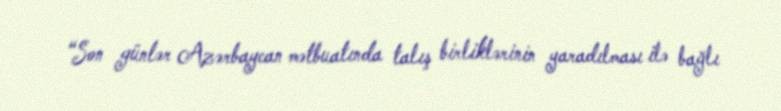
“Son günlər Azərbaycan mətbuatında talış birliklərinin yaradılması ilə bağlı